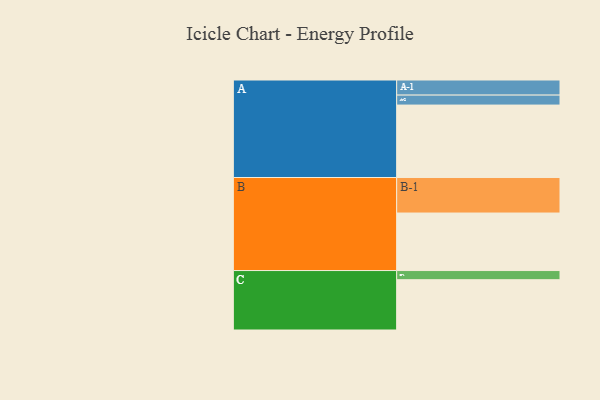
{"axis": {"x": "Segment", "y": "Value"}, "legend": ["", "A", "B", "C"], "data": [{"x": "A", "y": 451, "type": ""}, {"x": "B", "y": 358, "type": ""}, {"x": "C", "y": 313, "type": ""}, {"x": "A-1", "y": 94, "type": "A"}, {"x": "A-2", "y": 62, "type": "A"}, {"x": "B-1", "y": 221, "type": "B"}, {"x": "C-1", "y": 57, "type": "C"}]}